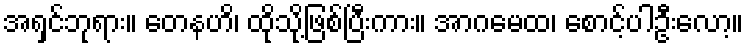
အရှင်ဘုရား။ တေနဟိ၊ ထိုသို့ဖြစ်ပြီးကား။ အာဂမေထ၊ စောင့်ပါဦးလော့။